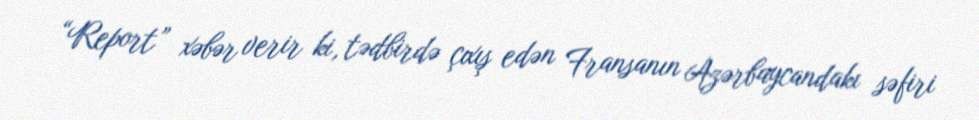
“Report” xəbər verir ki, tədbirdə çıxış edən Fransanın Azərbaycandakı səfiri